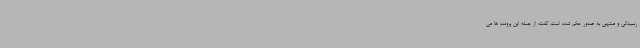
رسیدگی و منتهی به صدور حکم شده است، گفت: از جمله این پرونده ها می